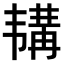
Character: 𫖕